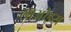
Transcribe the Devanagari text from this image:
लाओइस